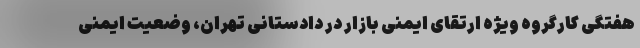
هفتگی کارگروه ویژه ارتقای ایمنی بازار در دادستانی تهران، وضعیت ایمنی